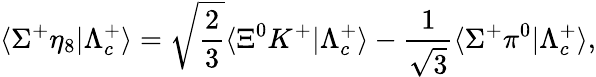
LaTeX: \langle\Sigma^{+}\eta_{8}|\Lambda_{c}^{+}\rangle=\sqrt{\frac{2}{3}}\langle\Xi^{0}K^{+}|\Lambda_{c}^{+}\rangle-{\frac{1}{\sqrt 3}}\langle\Sigma^{+}\pi^{0}|\Lambda_{c}^{+}\rangle,